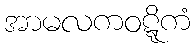
အာမလကဝဋ္ဋိကံ